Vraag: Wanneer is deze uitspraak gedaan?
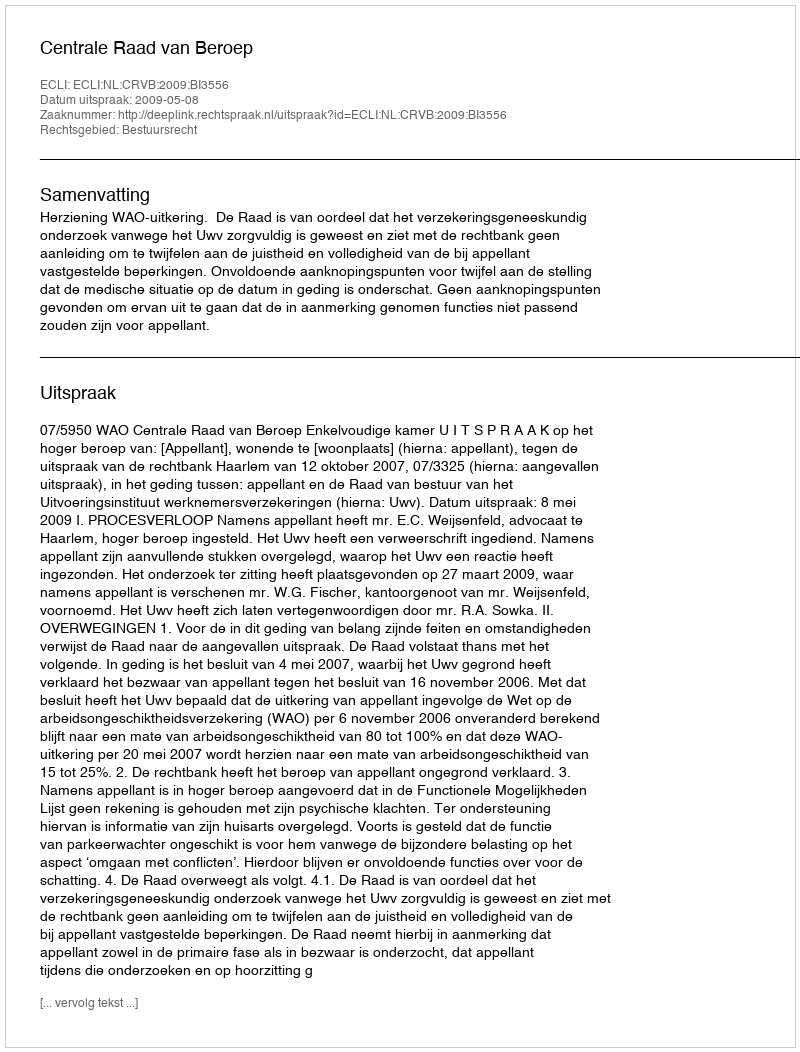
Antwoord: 2009-05-08